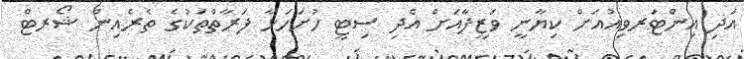
އަދި އިންޓަރވިއުއަށް ކިޔާނީ ވަޒީފާއަށް އެދި ސިޓީ ހުށަހަޅާ ފަރާތްތަކުގެ ތެރެއިން ޝޯރޓް